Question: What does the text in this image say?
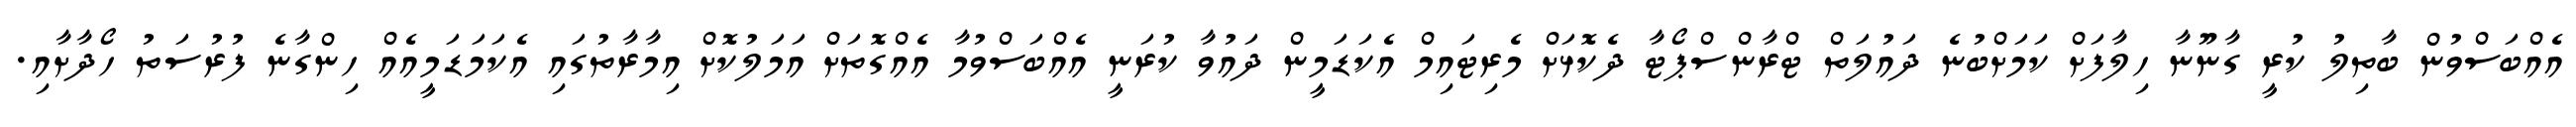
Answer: އެއްބަސްވުން ބާތިލު ކުރީ ގާނޫނާ ހިލާފަށް ކަމަށްބުނެ ދައުލަތް ޓްރާންސްޕޯޓާ ދެކޮޅަށް މެރިޓައިމް އެކަޑަމީން ދައުވާ ކުރަނީ އެއްބަސްވުމާ އެއްގޮތަށް އަމަލުކޮށް އިމާރާތުގައި އެކަމަޑަމީއެއް ހިންގާނެ ފުރުސަތު ހޯދާށާއި.